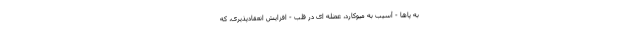
به پاها - آسیب به میوکارد، عضله ای در قلب - افزایش انعقادپذیری، که